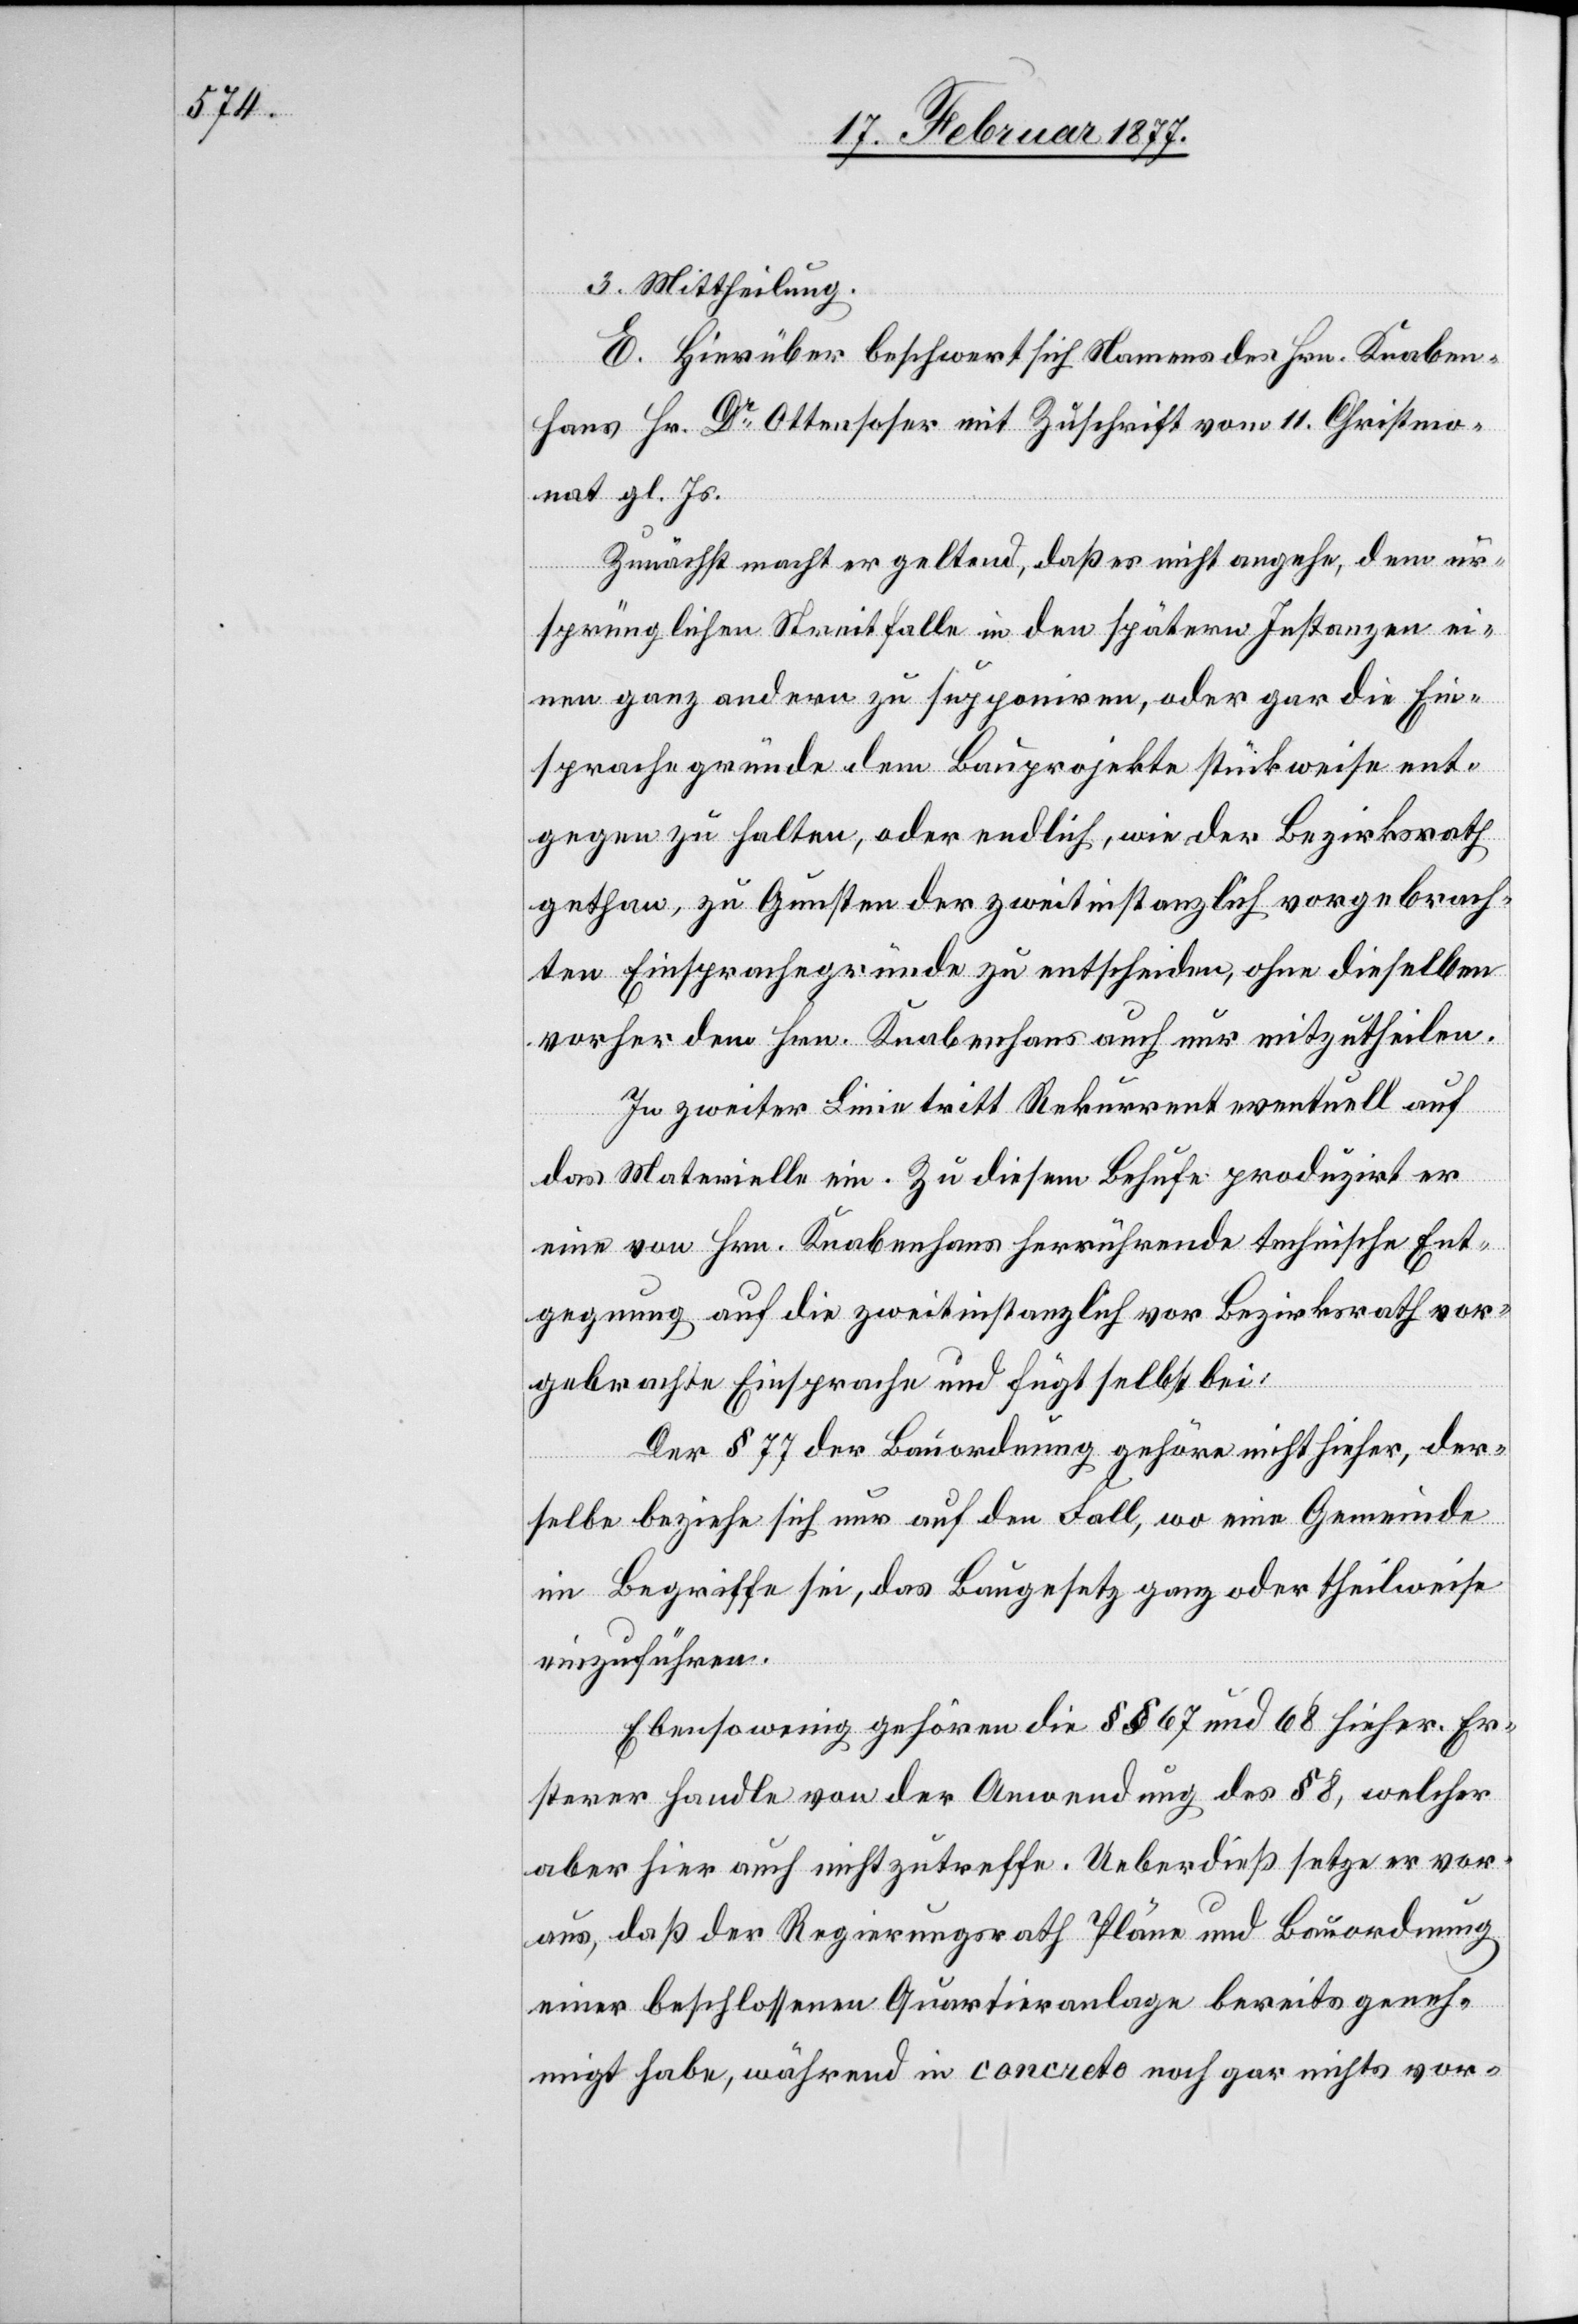
3. Mittheilung.
E. Hierüber beschwert sich Namens des Hrn. Knaben¬
hans Hr. Dr Ottensoser mit Zuschrift vom 11. Christmo¬
nat gl. Js.
Zunächst macht er geltend, daß es nicht angehe, dem ur¬
sprünglichen Streitfalle in den spätern Instanzen ei¬
nen ganz andern zu supponiren, oder gar die Ein¬
sprachegründe dem Bauprojekte stückweise ent¬
gegen zu halten, oder endlich, wie der Bezirksrath
gethan, zu Gunsten der zweitinstanzlich vorgebrach¬
ten Einsprachegründe zu entscheiden, ohne dieselben
vorher dem Hrn. Knabenhans auch nur mitzutheilen.
In zweiter Linie tritt Rekurrent eventuell auf
das Materielle ein. Zu diesem Behufe produzirt er
eine von Hrn. Knabenhans herrührende technische Ent¬
gegnung auf die zweitinstanzliche vor Bezirksrath vor¬
gebrachte Einsprache und fügt selbst bei:
Der § 77 der Bauordnung gehöre nicht hieher, der¬
selbe beziehe sich nur auf den Fall, wo eine Gemeinde
im Begriffe sei, das Baugesetz ganz oder theilweise
einzuführen.
Ebensowenig gehören die §§ 67 und 68 hieher. Er¬
sterer handle von der Anwendung des § 8, welcher
aber hier auch nicht zutreffe. Ueberdieß setze er vor¬
aus, daß der Regierungsrath Pläne und Bauordnung
einer beschlossenen Quartieranlage bereits geneh¬
migt habe, während in concreto noch gar nichts vor-